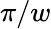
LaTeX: \pi/w